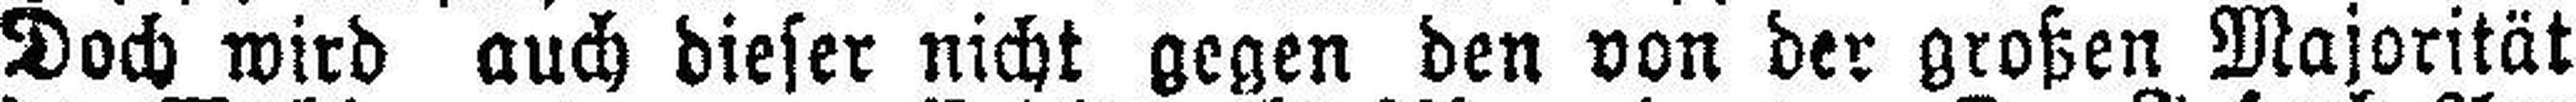
Doch wird auch dieser nicht gegen den von der großen Majorität